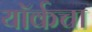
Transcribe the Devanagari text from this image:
यॉर्कचा